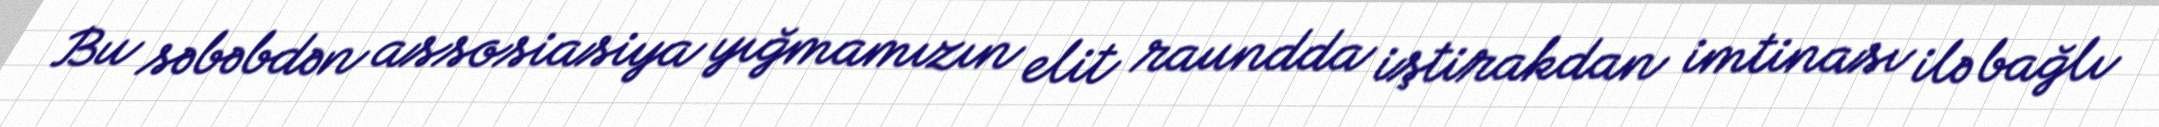
Bu səbəbdən assosiasiya yığmamızın elit raundda iştirakdan imtinası ilə bağlı